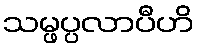
သမ္ဖပ္ပလာပီဟိ